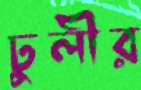
ঢুলীর